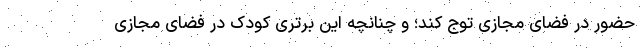
حضور در فضای مجازی توج کند؛ و چنانچه این برتری کودک در فضای مجازی